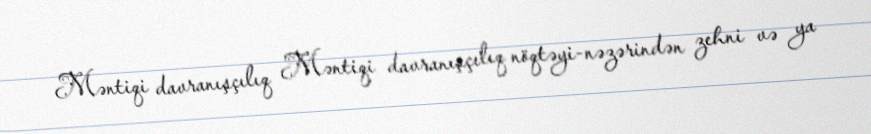
Məntiqi davranışçılıq Məntiqi davranışçılıq nöqtəyi-nəzərindən zehni və ya